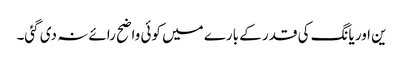
ین اور یانگ کی قدر کے بارے میں کوئی واضح رائے نہ دی گئی۔